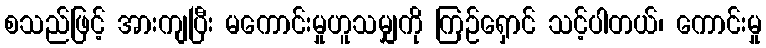
စသည်ဖြင့် အားကျပြီး မကောင်းမှုဟူသမျှကို ကြဉ်ရှောင် သင့်ပါတယ်၊ ကောင်းမှု